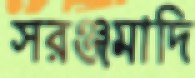
সরঞ্জমাদি